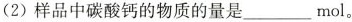
(2)样品中碳酸钙的物质的量是___ mol。